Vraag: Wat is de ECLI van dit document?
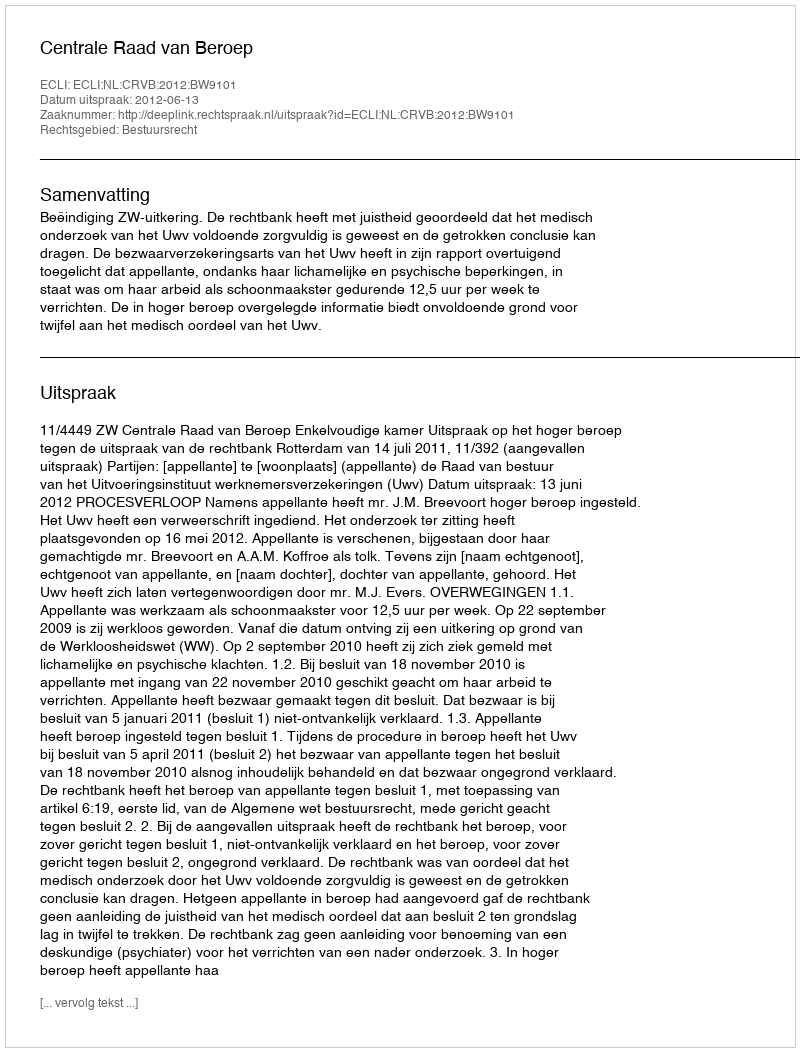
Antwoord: ECLI:NL:CRVB:2012:BW9101